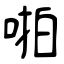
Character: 啪